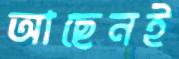
আছেনই